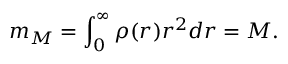
m _ { M } = \int _ { 0 } ^ { \infty } \rho ( r ) r ^ { 2 } d r = M .